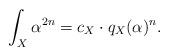
LaTeX: \begin{align*} \int_X \alpha^{2n}=c_X\cdot q_X(\alpha)^n. \end{align*}